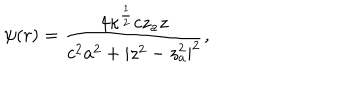
LaTeX: \psi ( r ) = { \frac { 4 \kappa ^ { { \frac { 1 } { 2 } } } c z _ { a } z } { c ^ { 2 } a ^ { 2 } + | z ^ { 2 } - z _ { a } ^ { 2 } | ^ { 2 } } } ,